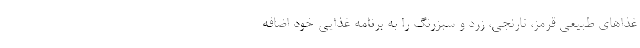
غذاهای طبیعی قرمز، نارنجی، زرد و سبزرنگ را به برنامه غذایی خود اضافه